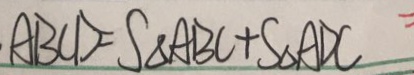
A B C D = S _ { \Delta } A B C + S _ { \Delta } A D C